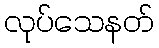
လုပ်သေနတ်